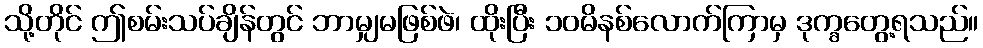
သို့တိုင် ဤစမ်းသပ်ချိန်တွင် ဘာမျှမဖြစ်ဖဲ၊ ထိုးပြီး ၁၀မိနစ်လောက်ကြာမှ ဒုက္ခတွေ့ရသည်။